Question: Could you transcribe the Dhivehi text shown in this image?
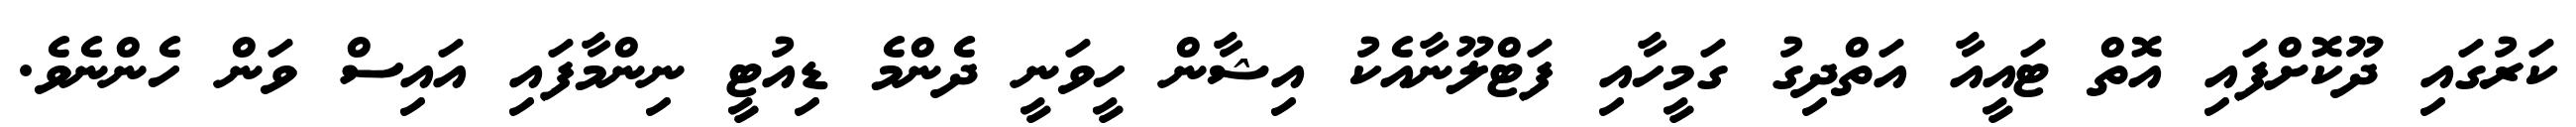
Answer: ކަރުގައި ދޫކޮށްފައި އޮތް ޓައީއާ އަތްދިގު ގަމީހާއި ފަޓްލޫނާއެކު އިޝާން ހީވަނީ ދެންމެ ޑިއުޓީ ނިންމާފައި އައިސް ވަން ހެންނެވެ.